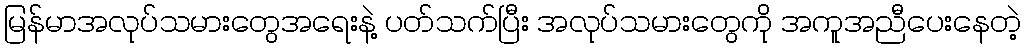
မြန်မာအလုပ်သမားတွေအရေးနဲ့ ပတ်သက်ပြီး အလုပ်သမားတွေကို အကူအညီပေးနေတဲ့